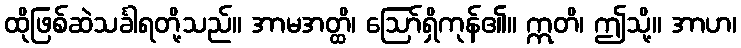
ထိုဖြစ်ဆဲသင်္ခါရတို့သည်။ အာမအတ္ထိ၊ ဩော်ရှိကုန်၏။ ဣတိ၊ ဤသို့။ အာဟ၊